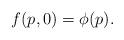
LaTeX: \begin{align*}f(p, 0) = \phi(p).\end{align*}